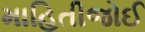
માહિતીજોઈ